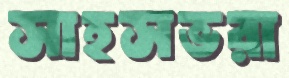
সাহসভরা